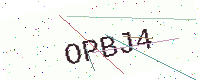
Text: OPBJ4